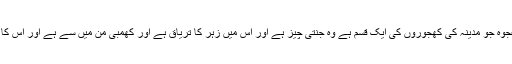
ترمذی اسے حسن صحیح کہتے ہیں ترمذی میں ہے کہ عجوہ جو مدینہ کی کھجوروں کی ایک قسم ہے وہ جنتی چیز ہے اور اس میں زہر کا تریاق ہے اور کھمبی من میں سے ہے اور اس کا پانی آنکھ کے درد کی دوا ہے یہ حدیث حسن غریب ہے۔